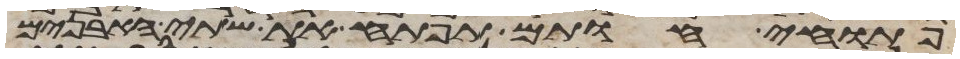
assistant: פתוחי חותם תפתח את שתי האבנים